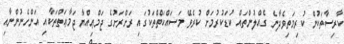
ކާރިސާތަކުން ކުރިމަތިވެދާނެ ގެއްލުންތައް ކުޑަކުރުމަށް ކުރެވޭ މަސައްކަތްތަކުގައި ރަށްރަށުގެ ޖަމްޢިއްޔާ ޖަމާޢަތްތަކާއި އަންހެނުންނާއި